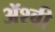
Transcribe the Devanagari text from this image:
ॲश्बी